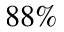
8 8 \%